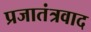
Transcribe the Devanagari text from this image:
प्रजातंत्रवाद